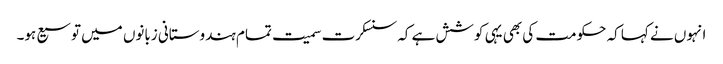
انہوں نے کہا کہ حکومت کی بھی یہی کوشش ہے کہ سنسکرت سمیت تمام ہندوستانی زبانوں میں توسیع ہو۔